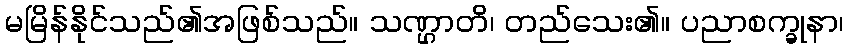
မမြိန်နိုင်သည်၏အဖြစ်သည်။ သဏ္ဌာတိ၊ တည်သေး၏။ ပညာစက္ခုနာ၊